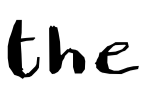
Text: the
Cross-out: clean
Writing tool: digital_black